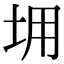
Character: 𡊤